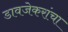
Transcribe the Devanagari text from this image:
डावजेकरांचा